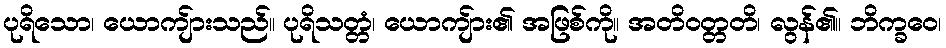
ပုရိသော၊ ယောကျ်ားသည်။ ပုရိသတ္တံ၊ ယောကျ်ား၏ အဖြစ်ကို။ အတိဝတ္တတိ၊ လွန်၏။ ဘိက္ခဝေ၊